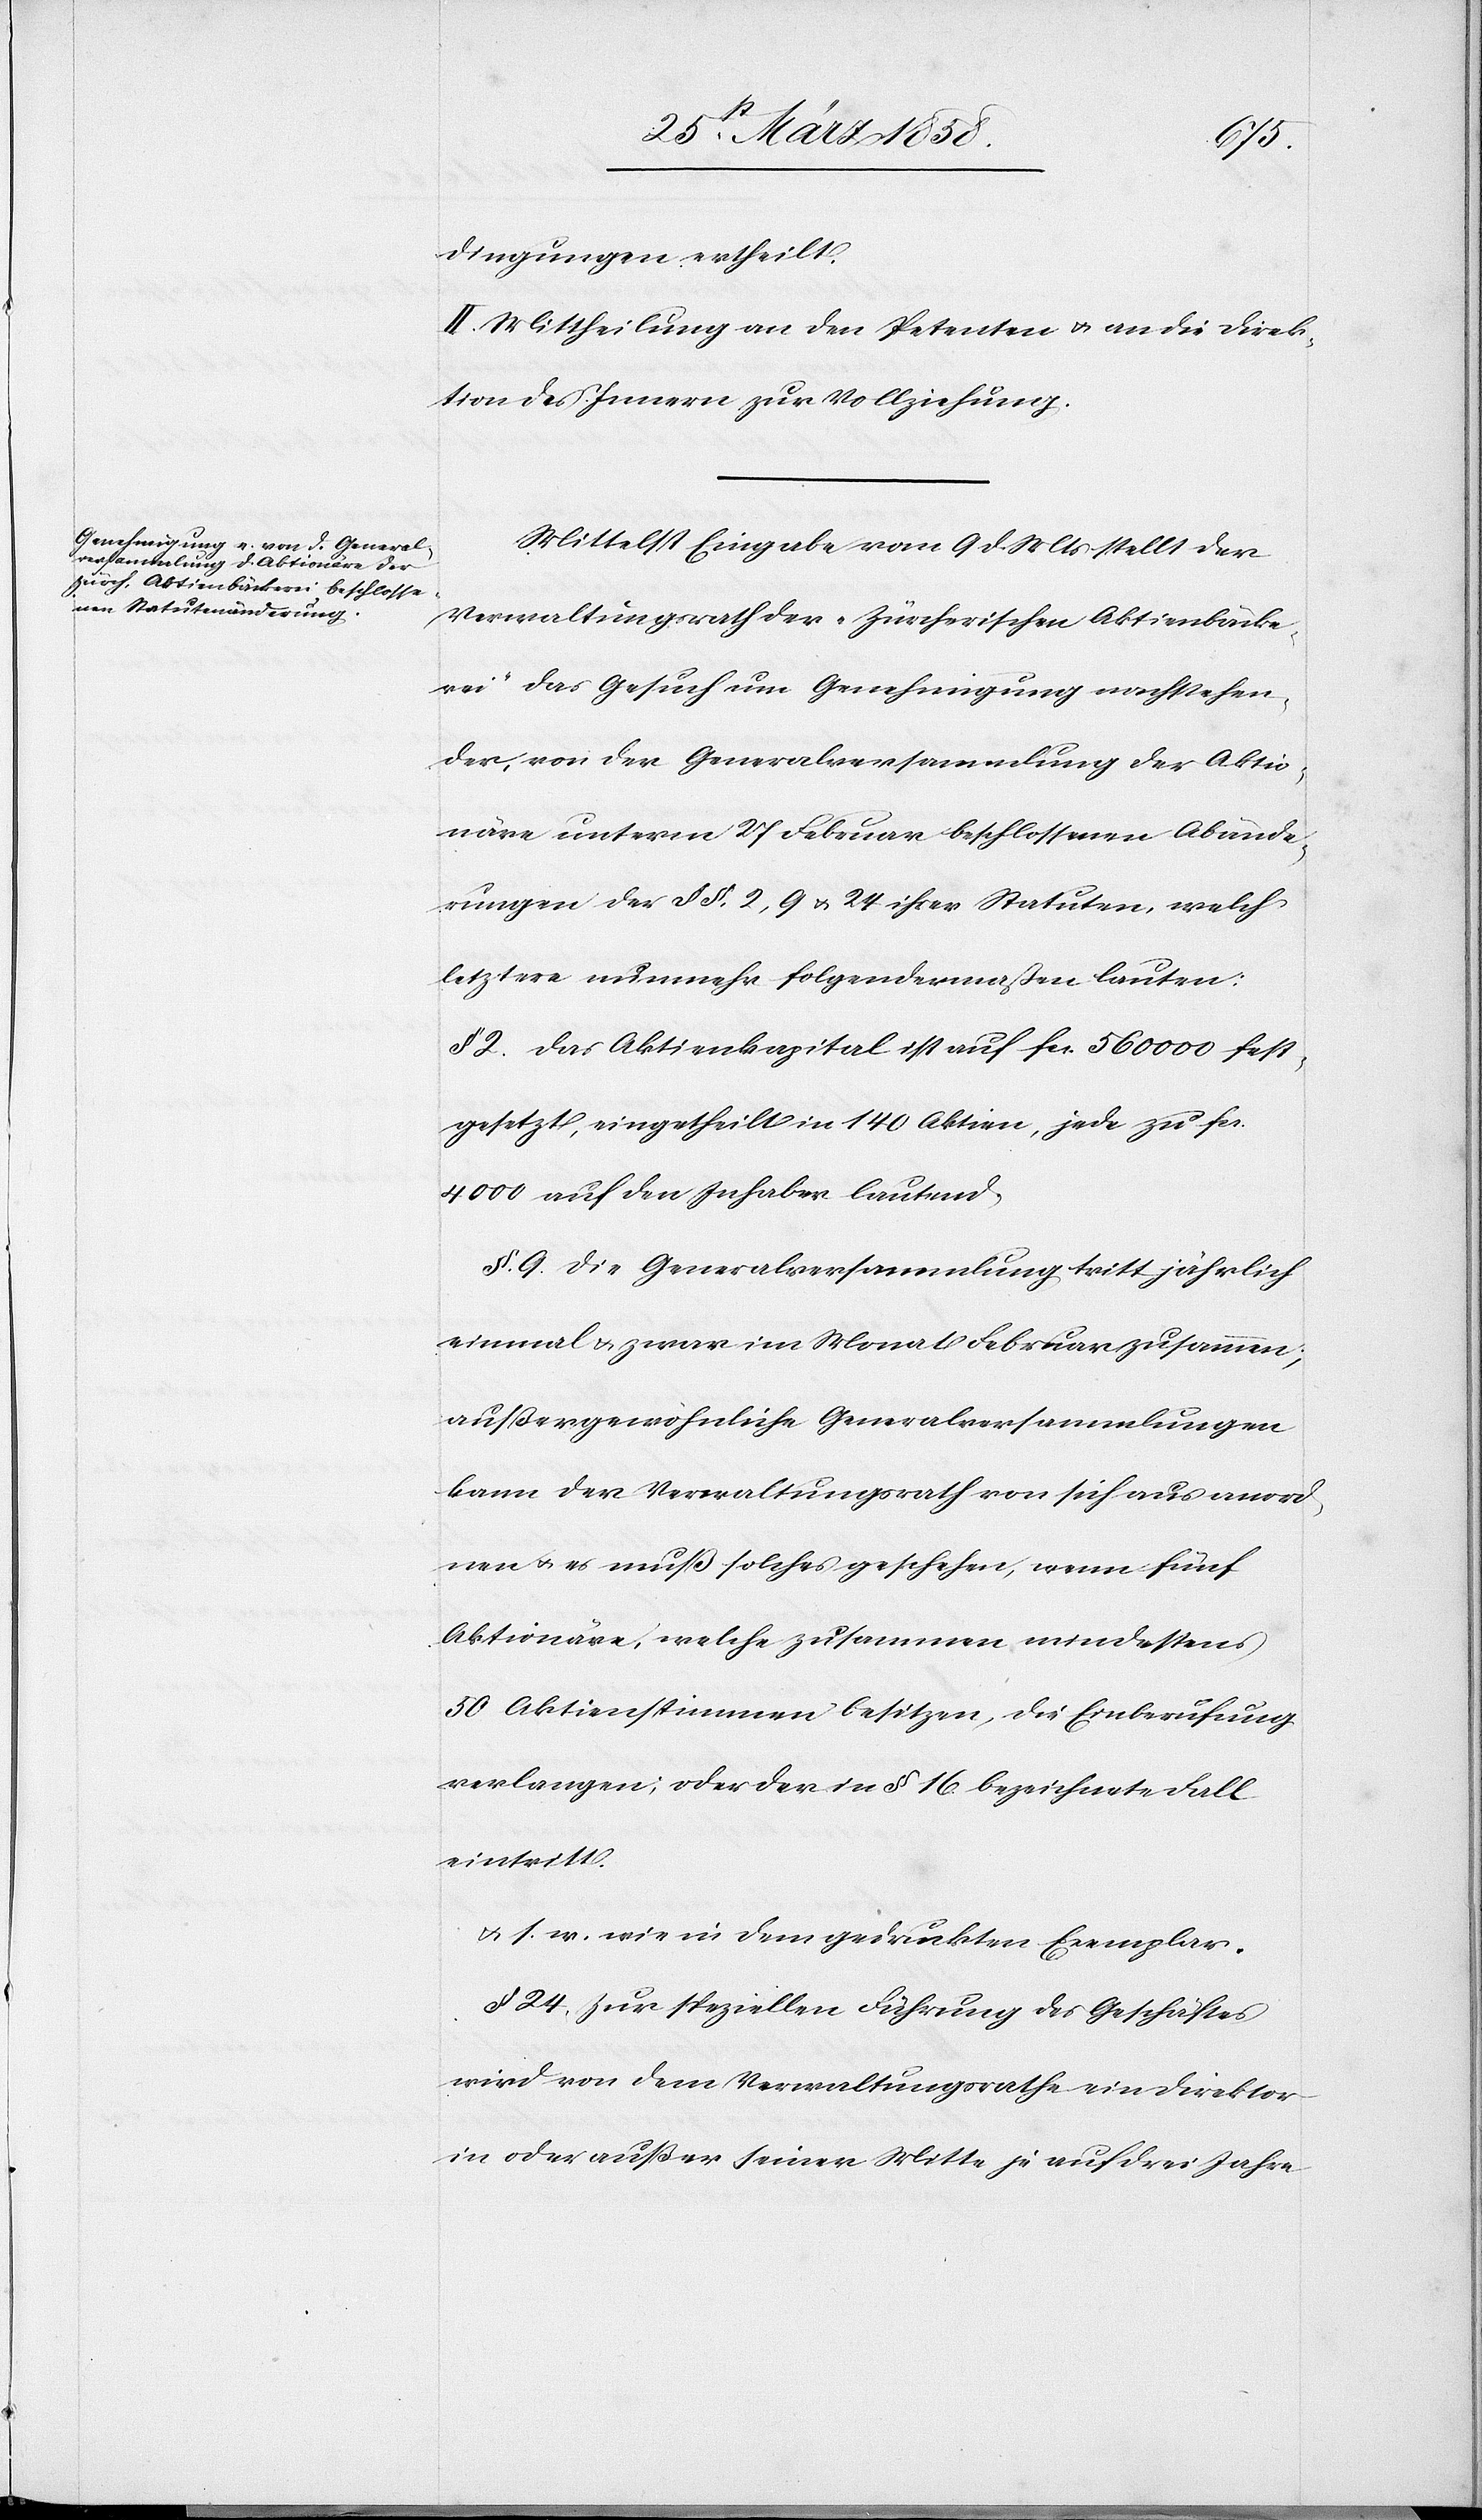
dingungen ertheilt.
II. Mittheilung an den Petenten u. an die Direk¬
tion des Innern zur Vollziehung.
Mittelst Eingabe vom 9. d. Mts. stellt der
Verwaltungsrath der „Zürcherischen Aktienbäcke¬
rei“ das Gesuch um Genehmigung nachstehen¬
der, von der Generalsversammlung der Aktio¬
näre unterm 27. Februar beschlossenen Abände¬
rungen der §§ 2, 9 u. 24 ihrer Statuten, welch’
letztere nunmehr folgendermaßen lauten:
§ 2. Das Aktienkapital ist auf fcs. 56 000 fest¬
gesetzt, eingetheilt in 140 Aktien, jede zu fcs.
4000 auf den Inhaber lautend.
§ 9. Die Generalversammlung tritt jährlich
einmal u. zwar im Monat Februar zusammen,
außergewöhnliche Generalversammlungen
kann der Verwaltungsrath von sich aus anord¬
nen u. es muß solches geschehen, wenn fünf
Aktionäre, welche zusammen mindestens
50 Aktienstimmen besitzen, die Einberufung
verlangen; oder der in § 16 bezeichnete Fall
eintritt.
u. s. w. wie in dem gedruckten Exemplar.
§ 24. Zur speziellen Führung des Geschäftes
wird von dem Verwaltungsrathe ein Direktor
in oder außer seiner Mitte je auf drei Jahre